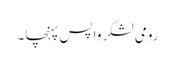
رومی لشکر واپس پہنچا ۔